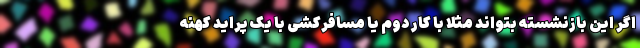
اگر این بازنشسته بتواند مثلاً با کار دوم یا مسافرکشی با یک پراید کهنه